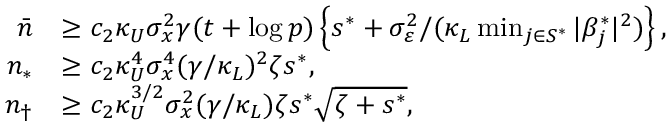
\begin{array} { r l } { \bar { n } } & { \ge c _ { 2 } \kappa _ { U } \sigma _ { x } ^ { 2 } \gamma ( t + \log p ) \left\{ s ^ { * } + \sigma _ { \varepsilon } ^ { 2 } / ( \kappa _ { L } \operatorname* { m i n } _ { j \in S ^ { * } } | \beta _ { j } ^ { * } | ^ { 2 } ) \right\} , } \\ { n _ { * } } & { \ge c _ { 2 } \kappa _ { U } ^ { 4 } \sigma _ { x } ^ { 4 } ( \gamma / \kappa _ { L } ) ^ { 2 } \zeta s ^ { * } , } \\ { n _ { \dagger } } & { \ge c _ { 2 } \kappa _ { U } ^ { 3 / 2 } \sigma _ { x } ^ { 2 } ( \gamma / \kappa _ { L } ) \zeta s ^ { * } \sqrt { \zeta + s ^ { * } } , } \end{array}